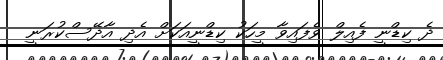
ދެ ކިޑްނީ ފެއިލް ވެފައިވާ މީހަކު ކިޑްނީއަކަށް އެދި އާދޭސްކުރަނީ